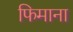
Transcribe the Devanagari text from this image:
फिमाना